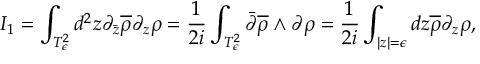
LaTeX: I _ { 1 } = \int _ { T _ { \epsilon } ^ { 2 } } d ^ { 2 } z \partial _ { \bar { z } } \overline { { { \rho } } } \partial _ { z } \rho = \frac { 1 } { 2 i } \int _ { T _ { \epsilon } ^ { 2 } } \bar { \partial } \overline { { { \rho } } } \wedge \partial \rho = \frac { 1 } { 2 i } \int _ { | z | = \epsilon } d z \overline { { { \rho } } } \partial _ { z } \rho ,